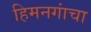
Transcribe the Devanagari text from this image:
हिमनगांचा